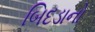
બિદડાનો